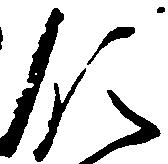
領